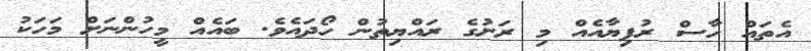
އެތައް ހާސް ރުފިޔާއެއް މި ރަށުގެ ރައްޔިތުން ހޯދައެވެ. ބައެއް މީހުންނަށް މަހަކު